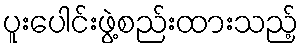
ပူးပေါင်းဖွဲ့စည်းထားသည့်